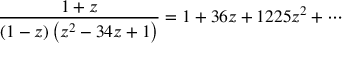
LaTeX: { \frac { 1 + z } { ( 1 - z ) \left( z ^ { 2 } - 3 4 z + 1 \right) } } = 1 + 3 6 z + 1 2 2 5 z ^ { 2 } + \cdots